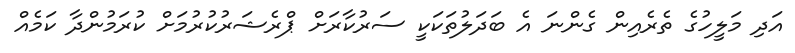
އަދި މަލީހުގެ ތެރެއިން ގެންނަ އެ ބަދަލުތަކަކީ ސަރުކާރަށް ޕްރެޝަރުކުރުމަށް ކުރަމުންދާ ކަމެއް